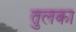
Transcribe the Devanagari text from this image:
तुलका